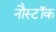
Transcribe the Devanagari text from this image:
नौस्टॉक